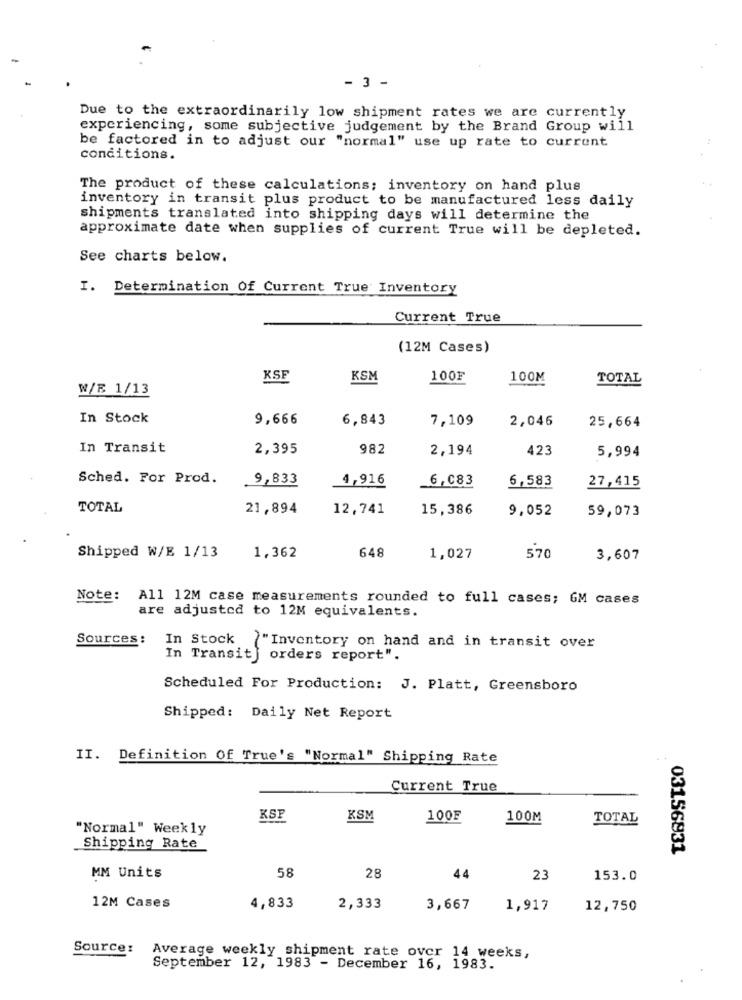
- 3 -
Due to the extraordinarily low shipment rates we are currently
experiencing, some subjective judgement by the Brand Group will
be factored in to adjust our "normal" use up rate to current
conditions.
The product of these calculations; inventory on hand plus
inventory in transit plus product to be manufactured less daily
shipments translated into shipping days will determine the
approximate date when supplies of current True will be depleted.
See charts below.
I. Determination Of Current True Inventory
Current True
(12M Cases)
KSF
KSM
100F
100M
TOTAL
W/E 1/13
In Stock
9,666
6,843
2,046
25,664
7,109
In Transit
2,395
982
2,194
423
5,994
Sched. For Prod.
9,833
4,916
6,083
6,583
27,415
TOTAL
21,894
12,741
15,386
9,052
59,073
1,362
648
Shipped W/E 1/13
1,027
570
3,607
Note:
All 12M case measurements rounded to full cases; GM cases
are adjusted to 12M equivalents.
Sources :
In Stock
{"Inventory on hand and in transit over
In Transit ] orders report".
Scheduled For Production: J. Platt, Greensboro
Shipped: Daily Net Report
II. Definition Of True's "Normal" Shipping Rate
Current True
KSP
KSM
100F
100M
TOTAL
"Normal" Weekly
Shipping Rate
03156831
58
MM Units
28
44
23
153.0
12M Cases
4,833
2,333
3,667
1,917
12,750
Source: Average weekly shipment rate over 14 weeks,
September 12, 1983 - December 16, 1983.